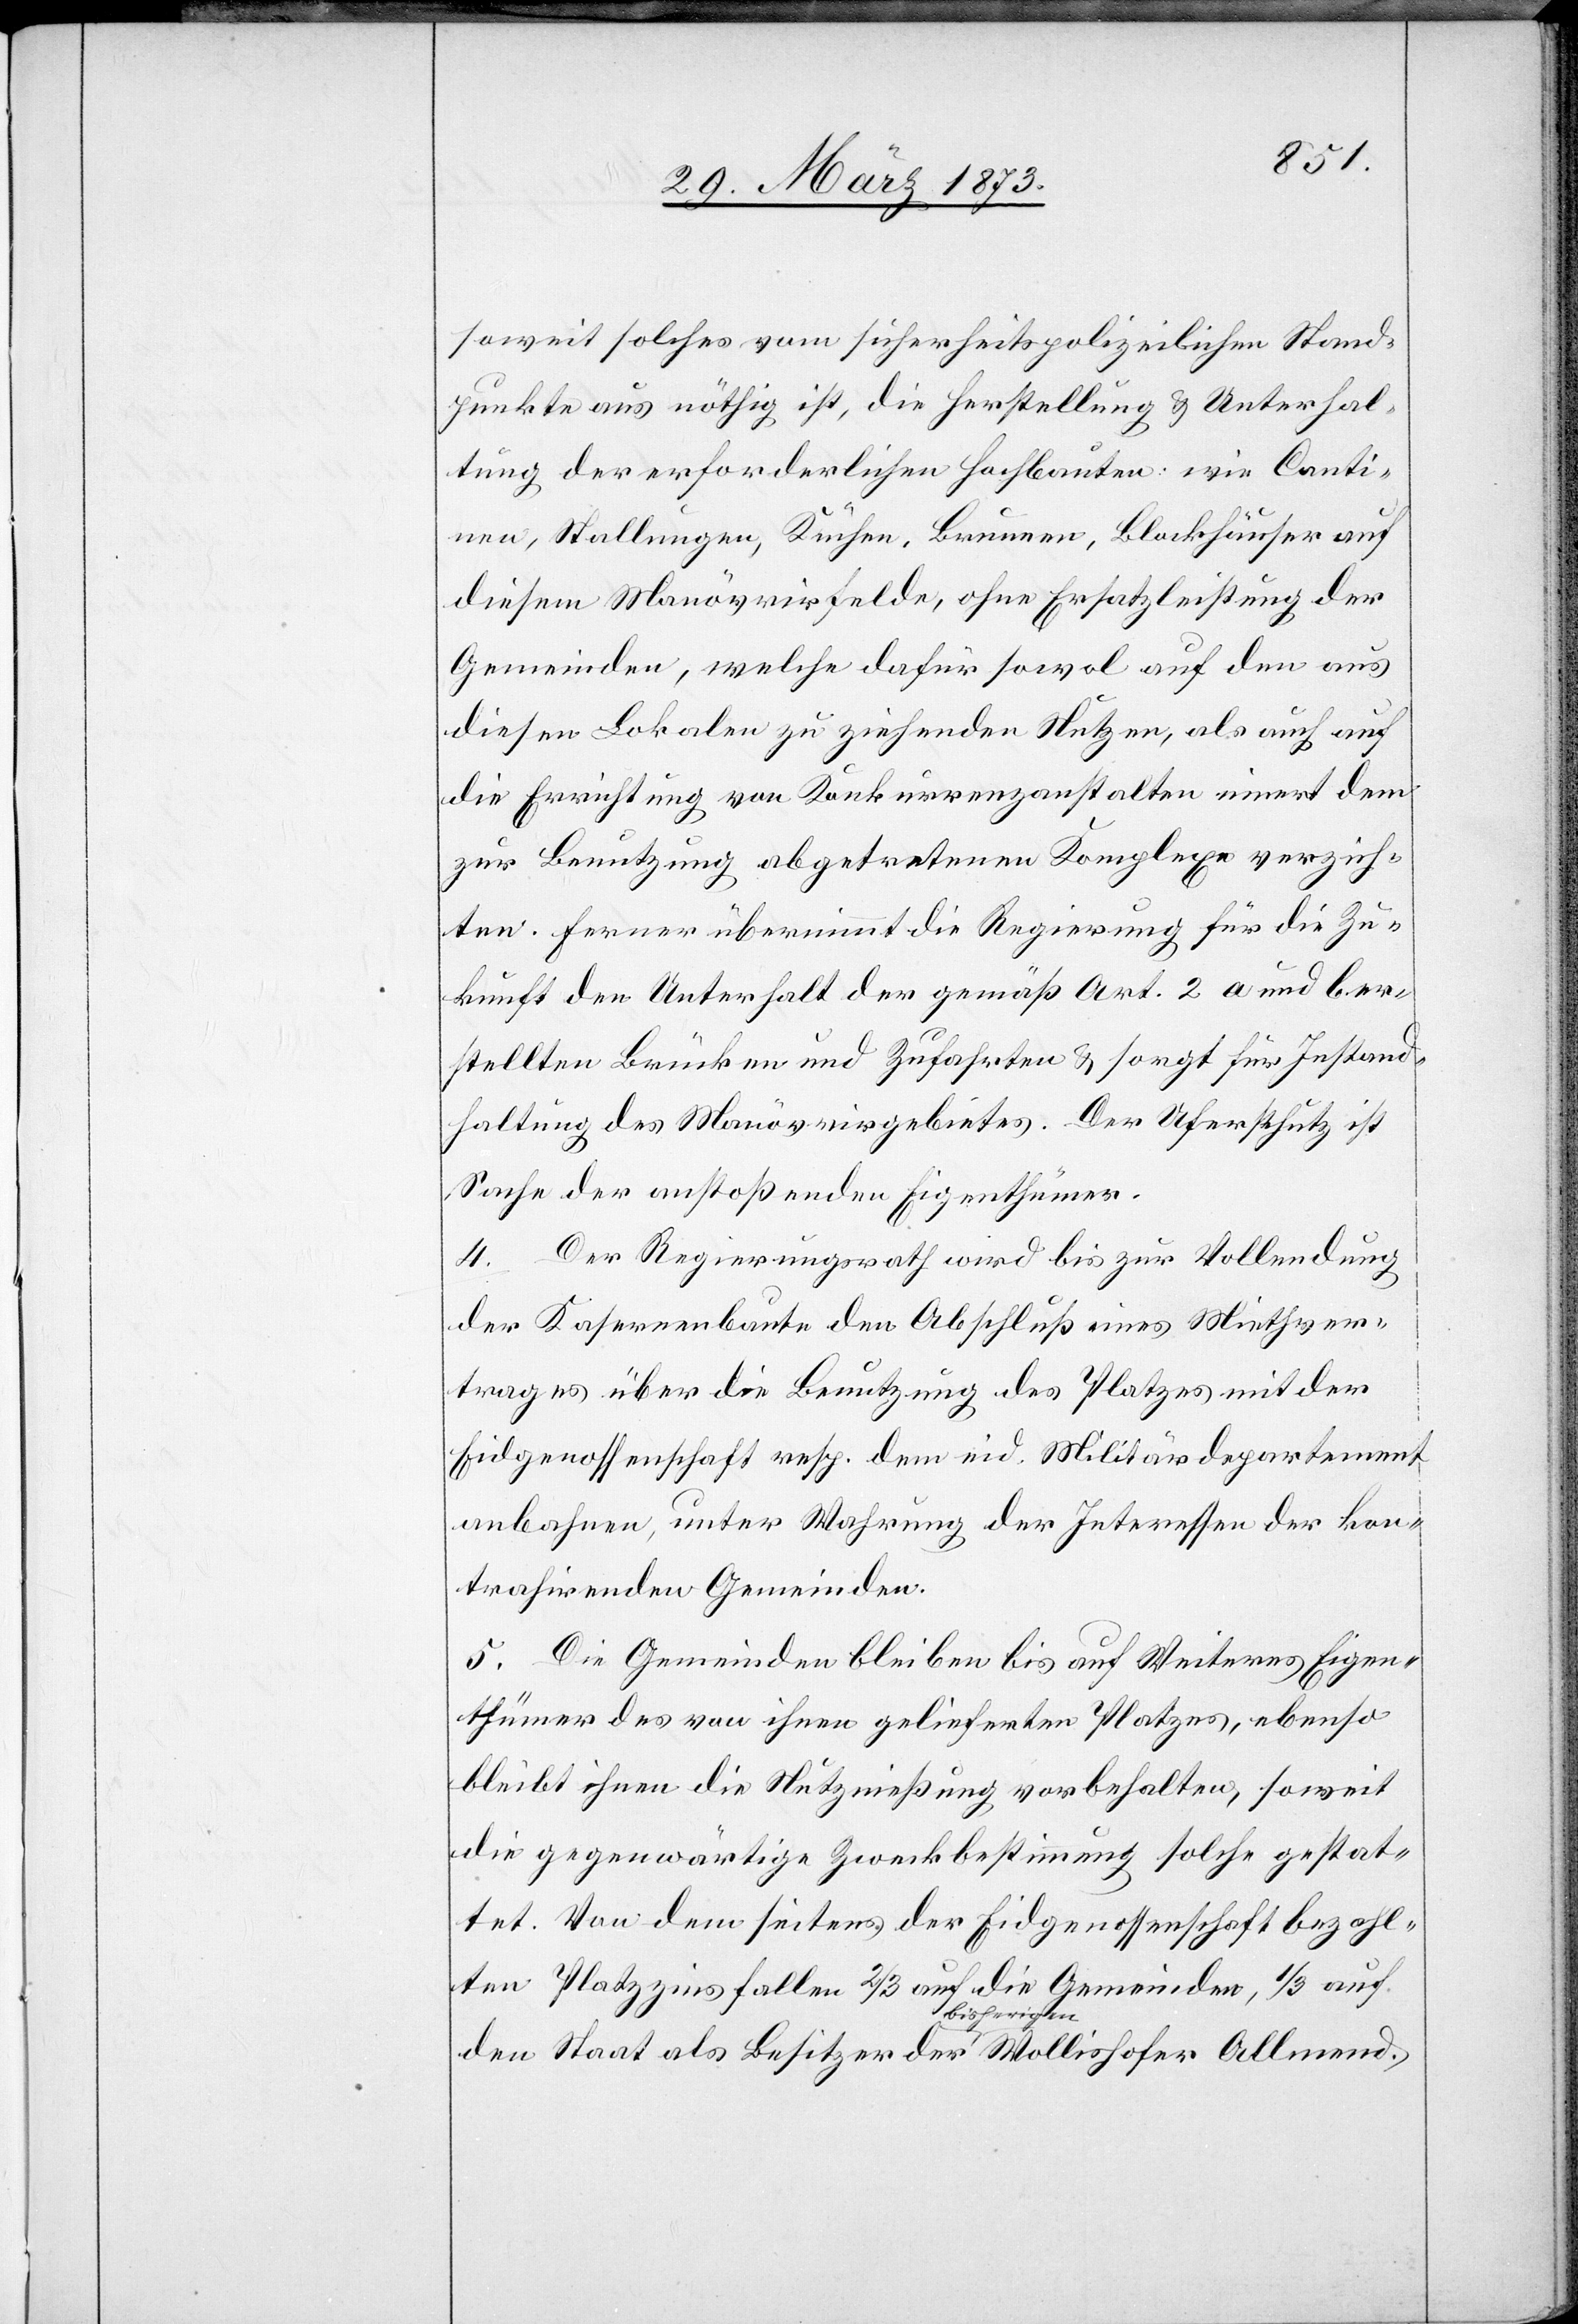
soweit solches vom sicherheitspolizeilichen Stand¬
punkte aus nöthig ist, die Herstellung u. Unterhal¬
tung der erforderlichen Hochbauten: wie Canti¬
nen, Stallungen, Küchen, Brunnen, Blockhäuser auf
diesem Manövrirfelde, ohne Ersatzleistung der
Gemeinden, welche dafür sowol auf den aus
diesen Lokalen zu ziehenden Nutzen, als auch auf
die Errichtung von Konkurrenzanstalten innert dem
zur Benutzung abgetretenen Komplexe verzich¬
ten. Ferner übernimmt die Regierung für die Zu¬
kunft den Unterhalt der gemäß Art. 2 a und b er¬
stellten Brücken und Zufahrten u. sorgt für Instand¬
haltung des Manövrirgebietes. Der Uferschutz ist
Sache der anstoßenden Eigenthümer.
4. Der Regierungsrath wird bis zur Vollendung
der Kasernenbaute den Abschluß eines Miethver¬
trages über die Benutzung des Platzes mit der
Eidgenossenschaft resp. dem eid. Militärdepartement
anbahnen, unter Wahrung der Interessen der kon¬
trahirenden Gemeinden.
5. Die Gemeinden bleiben bis auf Weiteres Eigen¬
thümer des von ihnen gelieferten Platzes, ebenso
bleibt ihnen die Nutznießung vorbehalten, soweit
die gegenwärtige Zweckbestimmung solche gestat¬
tet. Von dem seitens der Eidgenossenschaft bezahl¬
ten Platzzins fallen 2/3 auf die Gemeinde, 1/3 auf
den Staat als Besitzer der bisherigen